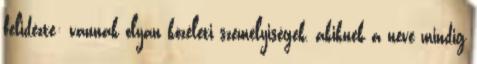
felidézte: vannak olyan közéleti személyiségek, akiknek a neve mindig